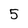
Character: 5